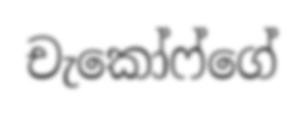
චැකෝෆ්ගේ